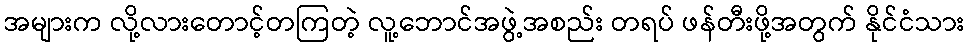
အများက လို့လားတောင့်တကြတဲ့ လူ့ဘောင်အဖွဲ့အစည်း တရပ် ဖန်တီးဖို့အတွက် နိုင်ငံသား